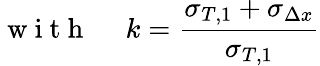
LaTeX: \mathrm{~w~i~t~h~\quad~}k=\frac{\sigma_{T,1}+\sigma_{\Delta x}}{\sigma_{T,1}}